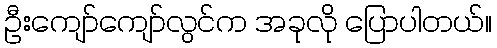
ဦးကျော်ကျော်လွင်က အခုလို ပြောပါတယ်။